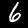
Digit: 6